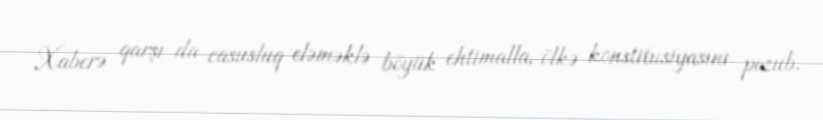
Xaberə qarşı da casusluq eləməklə böyük ehtimalla, ölkə konstitusiyasını pozub.